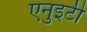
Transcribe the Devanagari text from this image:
एनुइटी